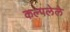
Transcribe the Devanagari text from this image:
कल्पलेले